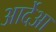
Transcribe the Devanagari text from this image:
आर्देआ